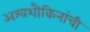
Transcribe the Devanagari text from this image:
अश्वशौकिनांची